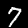
Digit: 7